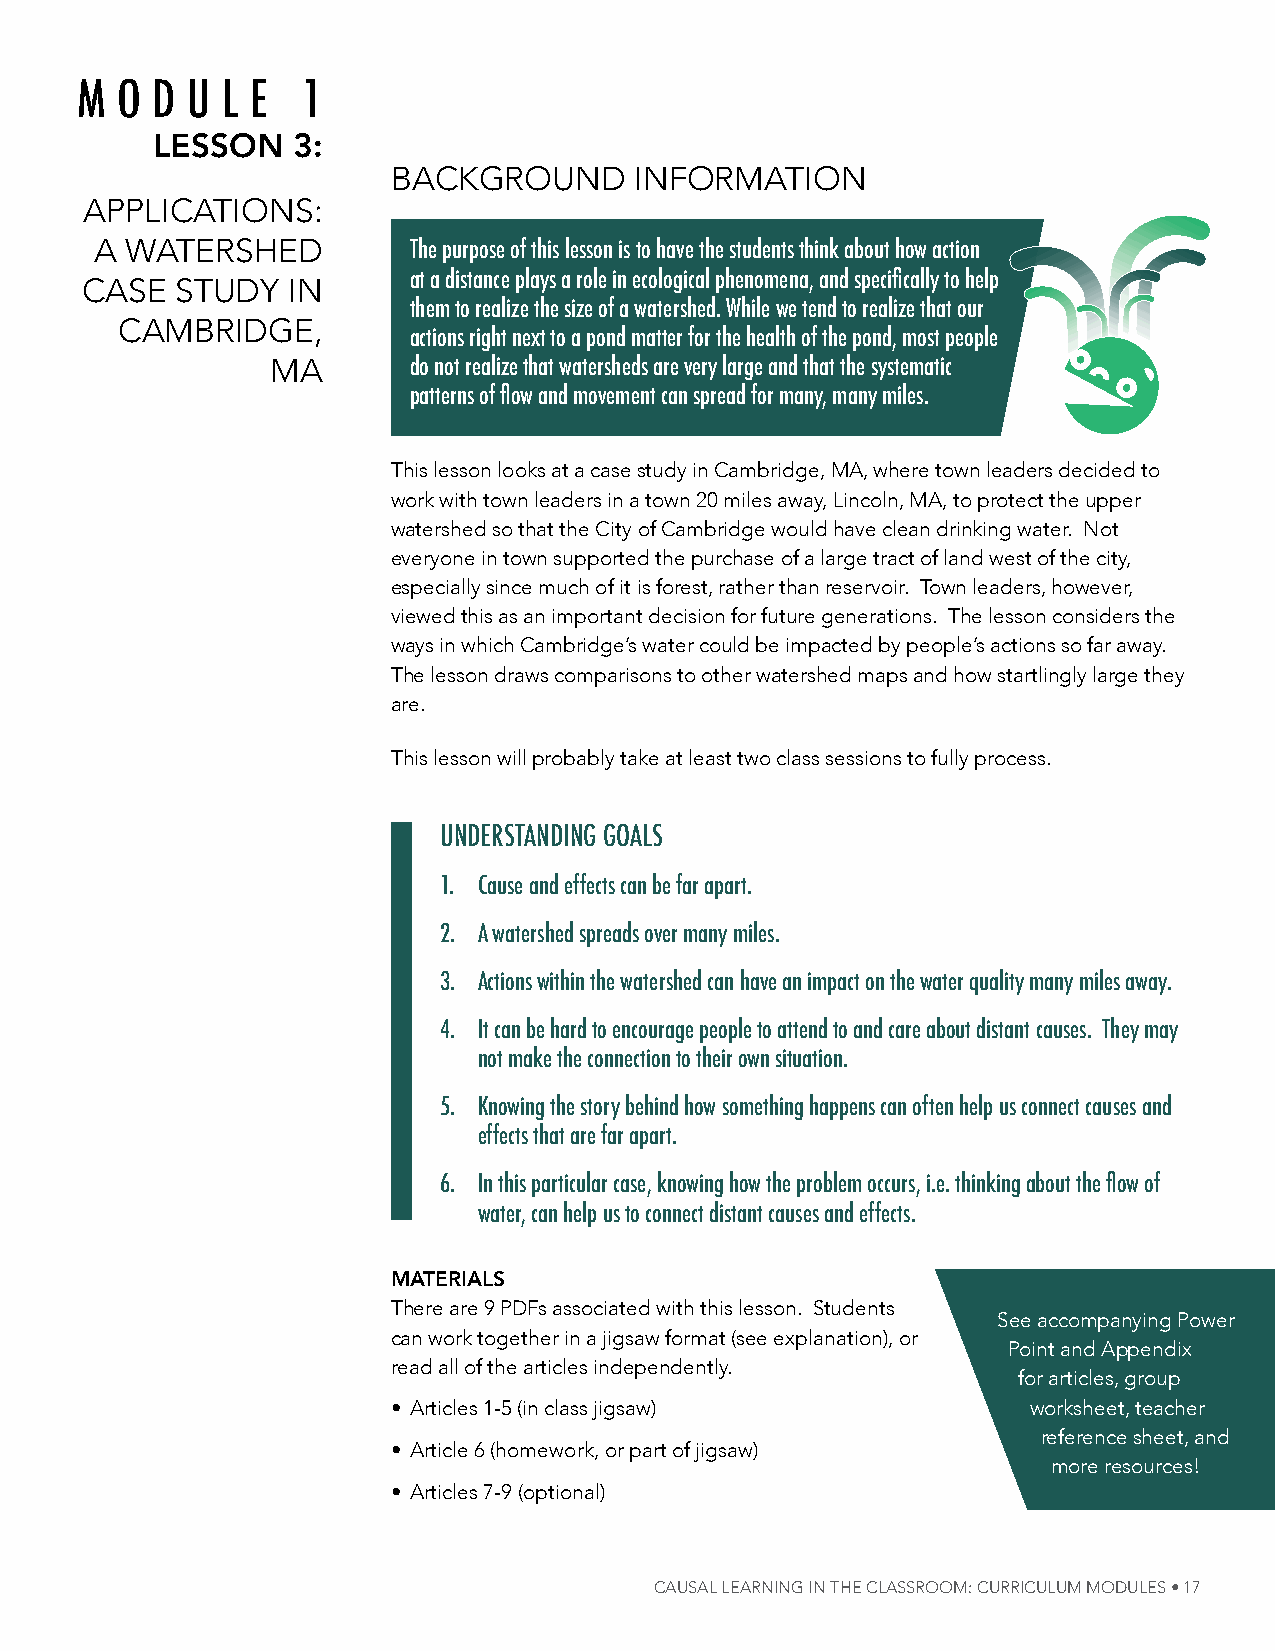
m  o d u  l e 1
 LessOn   3:
 BaCKgrounD      inFormation
 aPPliCations:
 a WatersheD          The purpose of this lesson is to have the students think about how action
 at a distance plays a role in ecological phenomena, and specifically to help
 Case   stuDY  in
 them to realize the size of a watershed. While we tend to realize that our
 CamBriDge,
 actions right next to a pond matter for the health of the pond, most people
 ma       do not realize that watersheds are very large and that the systematic
 patterns of flow and movement can spread for many, many miles.
 this lesson looks at a case study in Cambridge, ma, where town leaders decided to
 work with town leaders in a town 20 miles away, lincoln, ma, to protect the upper
 watershed so that the City of Cambridge would have clean drinking water. not
 everyone in town supported the purchase of a large tract of land west of the city,
 especially since much of it is forest, rather than reservoir. town leaders, however,
 viewed this as an important decision for future generations. the lesson considers the
 ways in which Cambridge’s water could be impacted by people’s actions so far away.
 the lesson draws comparisons to other watershed maps and how startlingly large they
 are.
 this lesson will probably take at least two class sessions to fully process.
 uNdersTANdiNg goAls
 1. Cause and effects can be far apart.
 2. A watershed spreads over many miles.
 3. Actions within the watershed can have an impact on the water quality many miles away.
 4. it can be hard to encourage people to attend to and care about distant causes. They may
 not make the connection to their own situation.
 5. Knowing the story behind how something happens can often help us connect causes and
 effects that are far apart.
 6. In this particular case, knowing how the problem occurs, i.e. thinking about the flow of
 water, can help us to connect distant causes and effects.
 materiaLs
 there are 9 PDFs associated with this lesson. students
 see accompanying Power
 can work together in a jigsaw format (see explanation), or
 Point and appendix
 read all of the articles independently.
 for articles, group
 • articles 1-5 (in class jigsaw)          worksheet, teacher
 reference sheet, and
 • article 6 (homework, or part of jigsaw)
 more resources!
 • articles 7-9 (optional)
 Causal learNiNg iN The Classroom: CurriCulum modules • 17